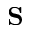
\mathbf { S }